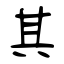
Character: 其